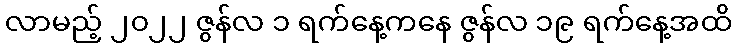
လာမည့် ၂၀၂၂ ဇွန်လ ၁ ရက်နေ့ကနေ ဇွန်လ ၁၉ ရက်နေ့အထိ